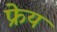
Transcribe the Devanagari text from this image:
फ्रेय